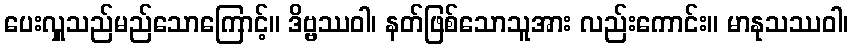
ပေးလှူသည်မည်သောကြောင့်။ ဒိဗ္ဗဿဝါ၊ နတ်ဖြစ်သောသူအား လည်းကောင်း။ မာနုသဿဝါ၊